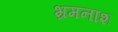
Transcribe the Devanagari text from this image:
भ्रमनाश